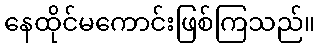
နေထိုင်မကောင်းဖြစ်ကြသည်။